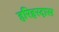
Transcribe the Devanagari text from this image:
हरिहरदास